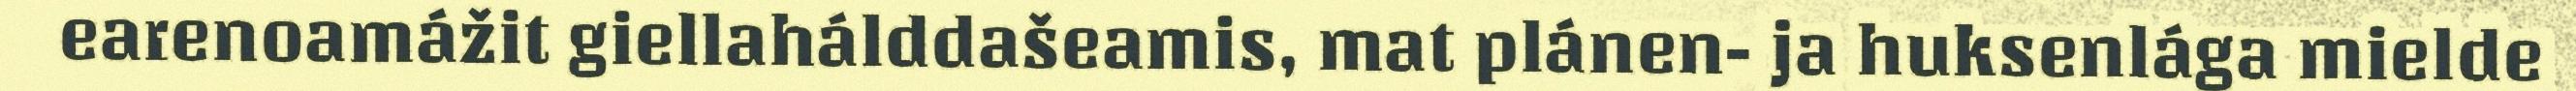
earenoamážit giellahálddašeamis, mat plánen- ja huksenlága mielde